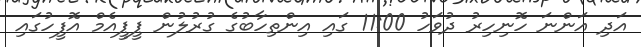
އަދި އަންނަ ހޮނިހިރު ދުވަހު 11:00 ގައި އިންތިހާބުގެ ގުރުލުން ޕީޕީއެމް އޮފީހުގައި